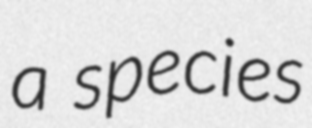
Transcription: a species